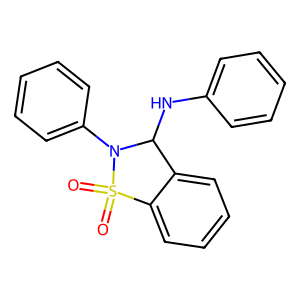
SMILES: O=S1(=O)c2ccccc2C(Nc2ccccc2)N1c1ccccc1
Inhibits HIV replication: No